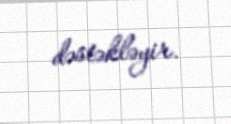
dəstəkləyir.